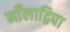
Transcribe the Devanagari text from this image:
माँलाद्विपा